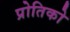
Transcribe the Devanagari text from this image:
प्रोतिको